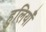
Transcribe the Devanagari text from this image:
हुलियाँ